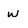
Character: w